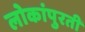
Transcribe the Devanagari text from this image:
लोकांपुरती